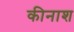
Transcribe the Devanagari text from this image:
कीनाश